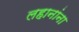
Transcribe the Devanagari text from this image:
लहानांना